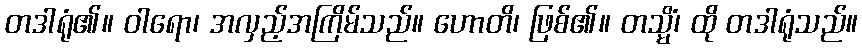
တဒါရုံ၏။ ဝါရော၊ အလှည့်အကြိမ်သည်။ ဟောတိ၊ ဖြစ်၏။ တသ္မိံ၊ ထို တဒါရုံသည်။